Lunatic asylums Central Provinces reports 1910-1926 - 1910-1926
Year: 1910
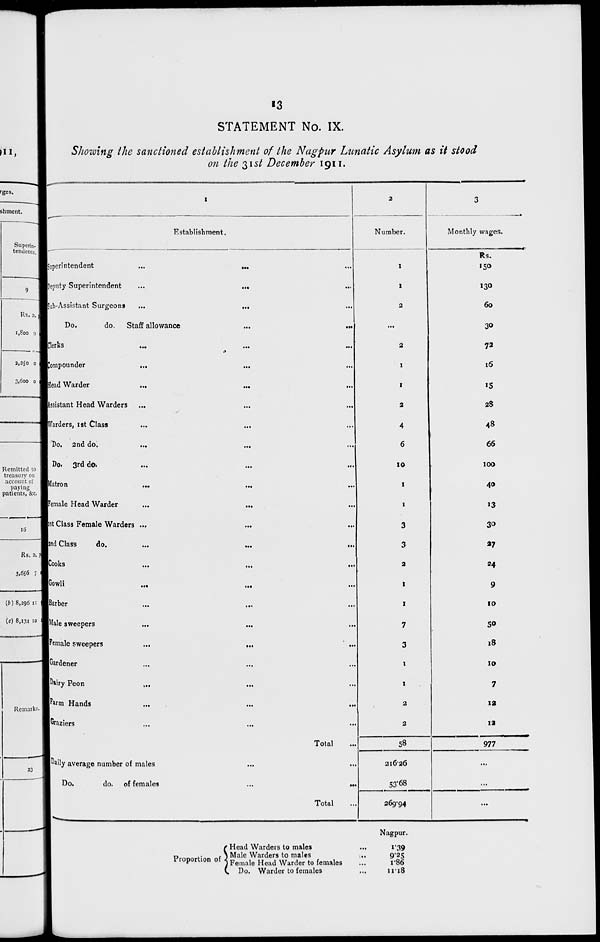
13
STATEMENT No. IX.
Showing the sanctioned establishment of the Nagpur Lunatic Asylum as it stood
on the 31st December 1911.
1
Establishment.
Superintendent
...
...
Deputy Superintendent
...
...
Sub-Assistant Surgeons
...
...
Do.
do.
Staff allowance
...
...
Clerks
...
...
...
Compounder ... ... ...
Head Warder ... ... ...
Assistant Head Warders ... ... ...
Warders, 1st Class ... ... ...
Do. 2nd do. ... ... ...
Do. 3rd do. ... ... ...
Matron ... ... ...
Female Head Warder ... ... ...
1st Class Female Warders ... ... ...
2nd Class
do.
...
...
...
Cooks ... ... ...
Gowli ... ... ...
Barber ... ... ...
Male sweepers ... ... ...
Female sweepers
...
...
Gardener ... ... ...
Dairy Peon ... ... ...
Farm Hands ... ... ...
Graziers ... ... ...
Total ...
Daily average number of males ... ...
Do.
do. of females
...
...
Total ...
2
Number.
1
1
2
...
2
1
1
2
4
6
10
1
1
3
3
2
1
1
7
3
1
1
2
2
58
216.26
53.68
269.94
3
Monthly wages.
Rs.
150
130
60
30
72
16
15
28
48
66
100
40
13
30
27
24
9
10
50
18
10
7
12
12
977
...
...
...
Proportion of
Head Warders to males
...
Male Warders to males ...
Female Head Warder to females ...
Do. Warder to females ...
Nagpur.
1.39
9.25
1.86
11.18